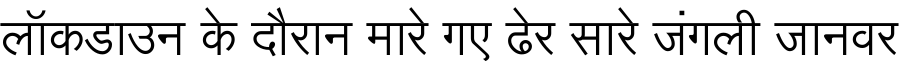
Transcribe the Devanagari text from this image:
लॉकडाउन के दौरान मारे गए ढेर सारे जंगली जानवर